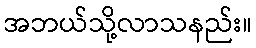
အဘယ်သို့လာသနည်း။